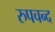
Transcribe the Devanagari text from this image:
रुपचन्द